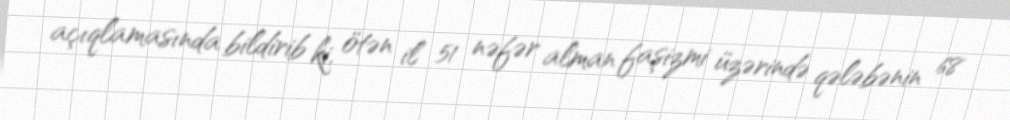
açıqlamasında bildirib ki, ötən il 51 nəfər alman faşizmi üzərində qələbənin 68